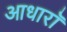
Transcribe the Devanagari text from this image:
आधारॉ